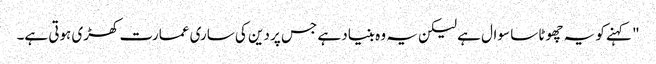
" کہنے کو یہ چھوٹا سا سوال ہے لیکن یہ وہ بنیاد ہے جس پر دین کی ساری عمارت کھڑی ہوتی ہے۔